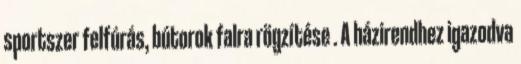
sportszer felfúrás, bútorok falra rögzítése . A házirendhez igazodva